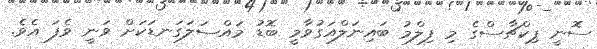
ސޮނީ ޕިކްޗާސްގެ މި ފިލްމު ބައިނަލްއަގުވާމީ ބޮޑު މައްސަލަގަނޑަކަށް ވަނީ ވެފަ އެވެ.